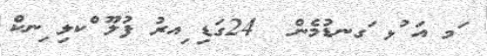
ަމ އަ ުޅ ަގނޑުމެން  24ގަޑި ިއރު ފުލޫ ްކލި ިނކް